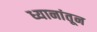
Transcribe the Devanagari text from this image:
ध्यानांतून